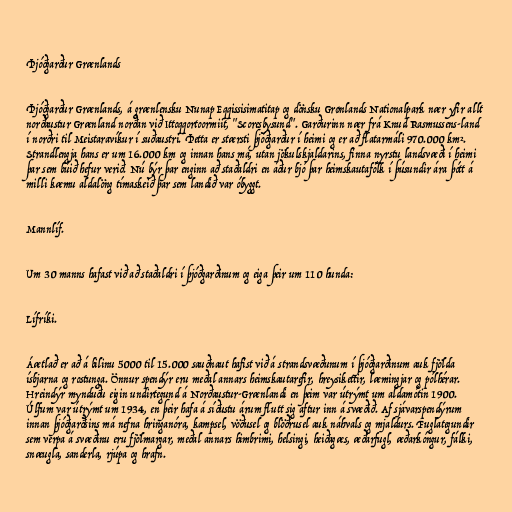
Þjóðgarður Grænlands

Þjóðgarður Grænlands, á grænlensku Nunap Eqqissisimatitap og dönsku Grønlands Nationalpark nær yfir allt
norðaustur Grænland norðan við Ittoqqortoormiit, "Scoresbysund". Garðurinn nær frá Knud Rasmussens-land
í norðri til Meistaravíkur í suðaustri. Þetta er stærsti þjóðgarður í heimi og er að flatarmáli 970.000 km².
Strandlengja hans er um 16.000 km og innan hans má, utan jökulskjaldarins, finna nyrstu landsvæði í heimi
þar sem búið hefur verið. Nú býr þar enginn að staðaldri en áður bjó þar heimskautafólk í þúsundir ára þótt á
milli kæmu aldalöng tímaskeið þar sem landið var óbyggt.

Mannlíf.

Um 30 manns hafast við að staðaldri í þjóðgarðinum og eiga þeir um 110 hunda:

Lífríki.

Áætlað er að á bilinu 5000 til 15.000 sauðnaut hafist við á strandsvæðunum í þjóðgarðinum auk fjölda
ísbjarna og rostunga. Önnur spendýr eru meðal annars heimskautarefir, hreysikettir, læmingjar og pólhérar.
Hreindýr mynduðu eigin undirtegund á Norðaustur-Grænlandi en þeim var útrýmt um aldamótin 1900.
Úlfum var útrýmt um 1934, en þeir hafa á síðustu árum flutt sig aftur inn á svæðið. Af sjávarspendýrum
innan þjóðgarðsins má nefna hringanóra, kampsel, vöðusel og blöðrusel auk náhvals og mjaldurs. Fuglategundir
sem verpa á svæðinu eru fjölmargar, meðal annars himbrimi, helsingi, heiðagæs, æðarfugl, æðarkóngur, fálki,
snæugla, sanderla, rjúpa og hrafn.